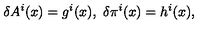
\delta A ^ { i } ( x ) = g ^ { i } ( x ) , \ \delta \pi ^ { i } ( x ) = h ^ { i } ( x ) ,